Relation of titanus [i.e. tetanus] to the hypodermic or intramuscular injection of quinine - Number 43
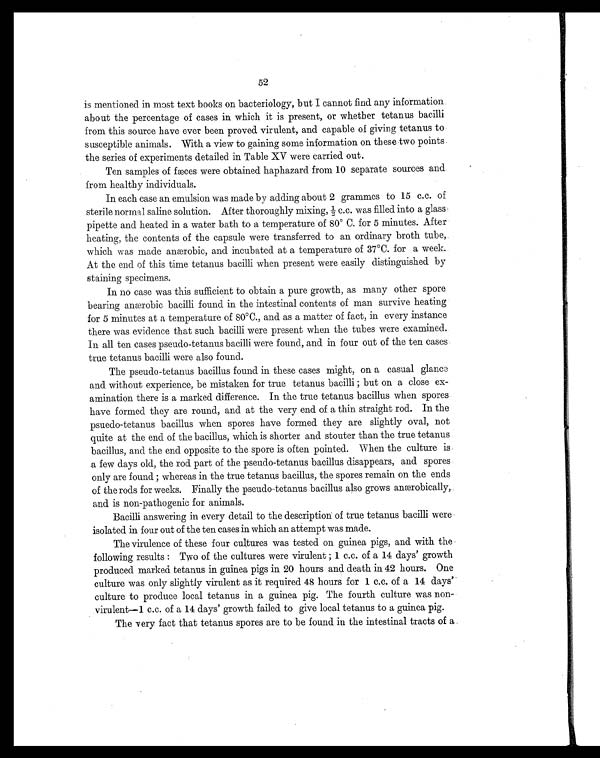
52
is mentioned in most text books on bacteriology, but I cannot find any information
about the percentage of cases in which it is present, or whether tetanus bacilli
from this source have ever been proved virulent, and capable of giving tetanus to
susceptible animals. With a view to gaining some information on these two points
the series of experiments detailed in Table XV were carried out.
Ten samples of fæces were obtained haphazard from 10 separate sources and
from healthy individuals.
In each case an emulsion was made by adding about 2 grammes to 15 c.c. of
sterile normal saline solution. After thoroughly mixing, ½ c.c. was filled into a glass
pipette and heated in a water bath to a temperature of 80° C. for 5 minutes. After
heating, the contents of the capsule were transferred to an ordinary broth tube,
which was made anærobic, and incubated at a temperature of 37°C. for a week..
At the end of this time tetanus bacilli when present were easily distinguished by
staining specimens.
In no case was this sufficient to obtain a pure growth, as many other spore
bearing anærobic bacilli found in the intestinal contents of man survive heating
for 5 minutes at a temperature of 80°C., and as a matter of fact, in every instance
there was evidence that such bacilli were present when the tubes were examined.
In all ten cases pseudo-tetanus bacilli were found, and in four out of the ten cases
true tetanus bacilli were also found.
The pseudo-tetanus bacillus found in these cases might, on a casual glance
and without experience, be mistaken for true tetanus bacilli ; but on a close ex
-amination there is a marked difference. In the true tetanus bacillus when spores
have formed they are round, and at the very end of a thin straight rod. In the
psuedo-tetanus bacillus when spores have formed they are slightly oval, not
quite at the end of the bacillus, which is shorter and stouter than the true tetanus
bacillus, and the end opposite to the spore is often pointed. When the culture is
a few days old, the rod part of the pseudo-tetanus bacillus disappears, and spores
only are found ; whereas in the true tetanus bacillus, the spores remain on the ends
of the rods for weeks. Finally the pseudo-tetanus bacillus also grows anærobically,
and is non-pathogenic for animals.
Bacilli answering in every detail to the description of true tetanus bacilli were
isolated in four out of the ten cases in which an attempt was made.
The virulence of these four cultures was tested on guinea pigs, and with the
following results : Two of the cultures were virulent ; 1 c.c. of a 14 days' growth
produced marked tetanus in guinea pigs in 20 hours and death in 42 hours. One
culture was only slightly virulent as it required 48 hours for 1 c.c. of a 14 days'
culture to produce local tetanus in a guinea pig. The fourth culture was non
-virulent-1 c.c. of a 14 days' growth failed to give local tetanus to a guinea pig.
The very fact that tetanus spores are to be found in the intestinal tracts of a